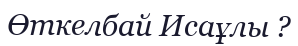
Өткелбай Исаұлы ?